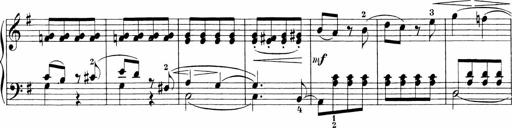
Title: 3 Sonatinas
Composer: Carl Reinecke